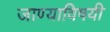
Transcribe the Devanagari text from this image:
जाण्याविषयी